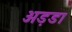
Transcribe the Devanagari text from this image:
अड़डा